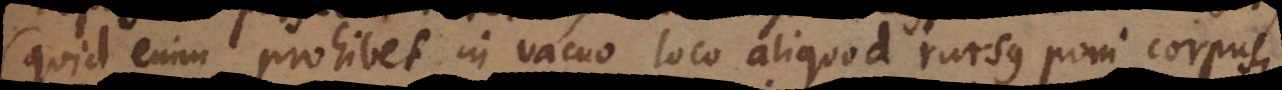
(quid enim prohibet in vacuo loco aliquod rursus poni corpus,